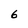
Character: 6